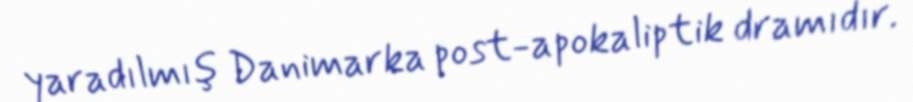
yaradılmış Danimarka post-apokaliptik dramıdır.